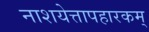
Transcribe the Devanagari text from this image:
नाशयेत्तापहारकम्